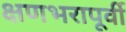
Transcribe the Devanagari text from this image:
क्षणभरापूर्वी